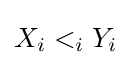
X_{i}<_{i}Y_{i}